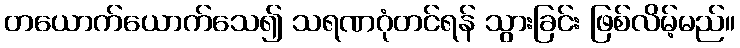
တယောက်ယောက်သေ၍ သရဏဂုံတင်ရန် သွားခြင်း ဖြစ်လိမ့်မည်။